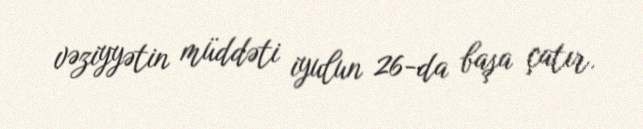
vəziyyətin müddəti iyulun 26-da başa çatır.